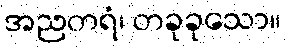
အညတရံ၊ တခုခုသော။